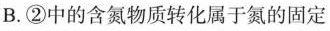
B.②中的含氮物质转化属于氮的固定